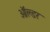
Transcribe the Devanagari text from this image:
ऑल्‍डर